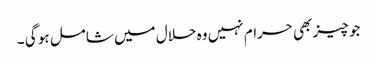
جو چیز بھی حرام نہیں وہ حلال میں شامل ہو گی ۔